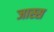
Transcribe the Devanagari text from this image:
जास्स